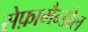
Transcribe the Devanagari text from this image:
सेफ़ामैन्डोल